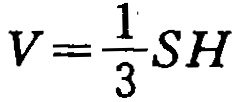
\(V=\frac{1}{3}SH\)